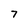
Character: 7